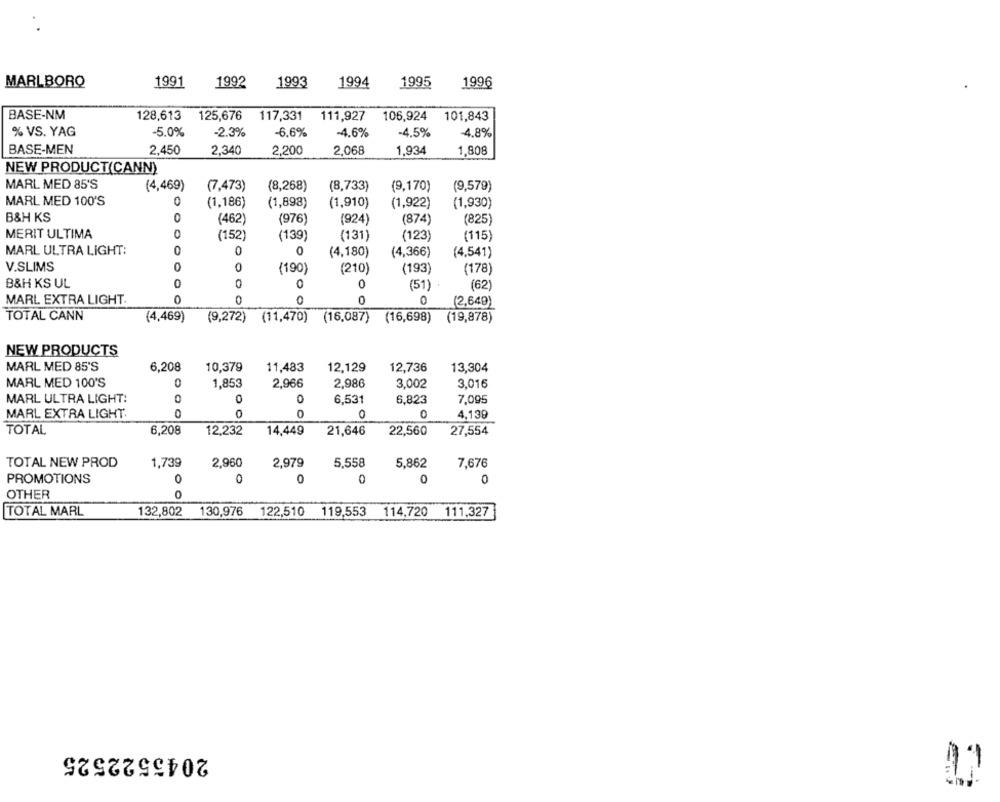
MARLBORO
1991
1992
1993
1994
1995
1996
BASE-NM
128,613
125,676
117,331
111,927
106,924
101,843
% VS. YAG
-5.0%
-2.3%
-6.6%
-4.6%
-4.5%
4.8%
BASE-MEN
2.450
2,340
2,200
2,068
1,934
1,808
NEW PRODUCT(CANN)
MARL MED 85'S
(7,473)
(4,469)
(8,268)
(8,733)
(9,170)
(9,579)
MARL MED 100'S
0
(1,186)
(1,898)
(1,910)
(1,922)
(1,930)
B&H KS
0
(462)
(976)
(924)
(874)
(825)
0
MERIT ULTIMA
(152)
(139)
(131)
(123)
(115)
MARL ULTRA LIGHT:
0
(4,180)
(4,366)
(4,541)
V.SLIMS
O
(190)
(210)
(193)
(178)
B&H KS UL
(51)
(62)
MARL EXTRA LIGHT.
0
0
0
0
0
(2,649)
TOTAL CANN
(4,469)
(9,272) (11,470)
(16,087)
(16,698) (19,878)
NEW PRODUCTS
MARL MED 85'S
6,208
10,379
11,483
12,129
12,736
13,304
MARL MED 100'S
0
1,853
2,966
2,986
3,002
3.016
MARL ULTRA LIGHT:
0
6.531
6,823
7.095
MARL EXTRA LIGHT.
0
4.139
TOTAL
6,208
12,232
14,449
21,646
22,560
27,554
TOTAL NEW PROD
1,739
2,960
2,979
5,558
5,862
7,676
PROMOTIONS
0
0
0
0
OTHER
0
TOTAL MARL
132,802
130,976 122,510 119,553 114,720 111,327
2045522525